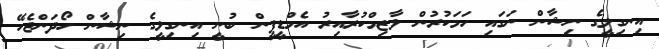
އިނގިލީގެ ނިޝާން ނަގައި ހަމަކުރުން ލާޒިމްކުރާއިރު އެމްޑީޕީން ބުނީ އިނގިލީގެ ނިޝާން ހޯދަންޖެހޭ